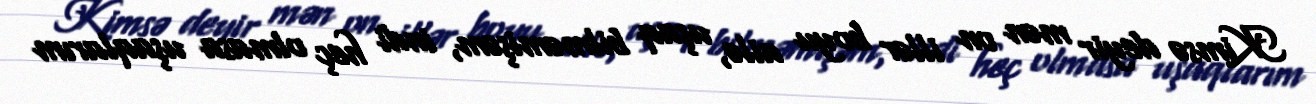
Kimsə deyir mən on illər boyu ailə, uşaq bilməmişəm, indi heç olmasa uşaqlarım